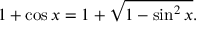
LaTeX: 1 + \cos x = 1 + { \sqrt { 1 - \sin ^ { 2 } x } } .